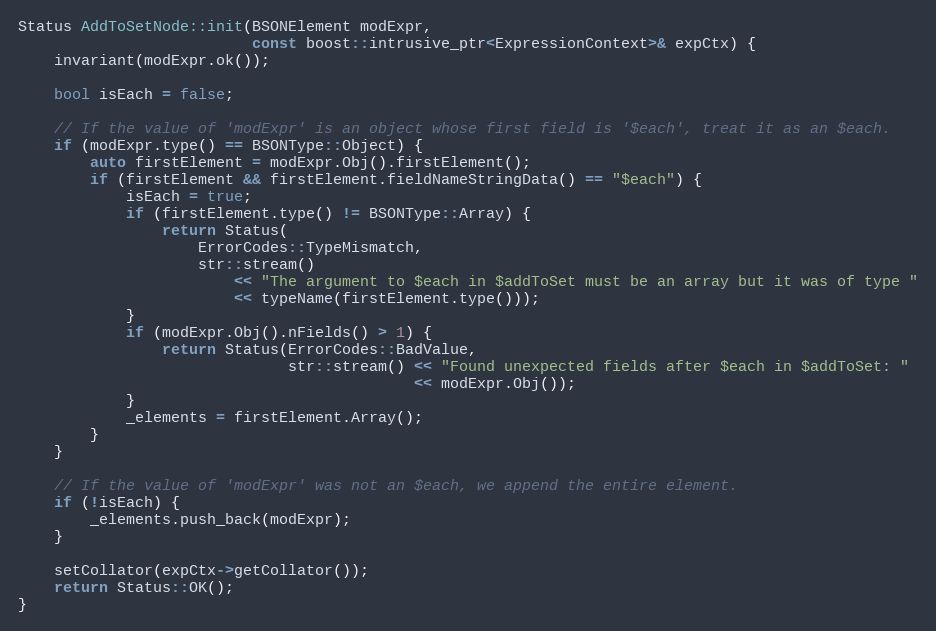
Language: C++
Status AddToSetNode::init(BSONElement modExpr,
                          const boost::intrusive_ptr<ExpressionContext>& expCtx) {
    invariant(modExpr.ok());

    bool isEach = false;

    // If the value of 'modExpr' is an object whose first field is '$each', treat it as an $each.
    if (modExpr.type() == BSONType::Object) {
        auto firstElement = modExpr.Obj().firstElement();
        if (firstElement && firstElement.fieldNameStringData() == "$each") {
            isEach = true;
            if (firstElement.type() != BSONType::Array) {
                return Status(
                    ErrorCodes::TypeMismatch,
                    str::stream()
                        << "The argument to $each in $addToSet must be an array but it was of type "
                        << typeName(firstElement.type()));
            }
            if (modExpr.Obj().nFields() > 1) {
                return Status(ErrorCodes::BadValue,
                              str::stream() << "Found unexpected fields after $each in $addToSet: "
                                            << modExpr.Obj());
            }
            _elements = firstElement.Array();
        }
    }

    // If the value of 'modExpr' was not an $each, we append the entire element.
    if (!isEach) {
        _elements.push_back(modExpr);
    }

    setCollator(expCtx->getCollator());
    return Status::OK();
}